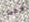
فقط